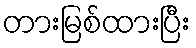
တားမြစ်ထားပြီး